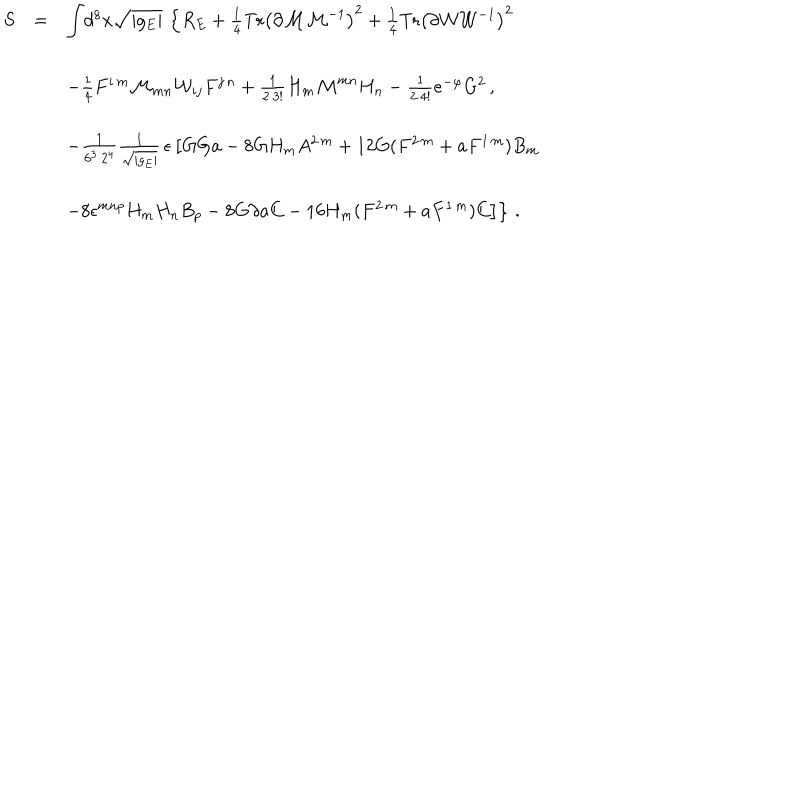
\begin{array} { r c l } { { S } } & { { = } } & { { { \displaystyle \int } d ^ { 8 } x \sqrt { | g _ { E } | } \, \left\{ R _ { E } + \frac { 1 } { 4 } \mathrm { T r } \left( \partial { \cal M } { \cal M } ^ { - 1 } \right) ^ { 2 } + \frac { 1 } { 4 } \mathrm { T r } \left( \partial { \cal W } { \cal W } ^ { - 1 } \right) ^ { 2 } \right. } } \\ { { } } & { { } } & { { } } \\ { { } } & { { } } & { { - \frac { 1 } { 4 } F ^ { i \, m } { \cal M } _ { m n } { \cal W } _ { i j } F ^ { j \, n } + \frac { 1 } { 2 \cdot 3 ! } H _ { m } { \cal M } ^ { m n } H _ { n } - \frac { 1 } { 2 \cdot 4 ! } e ^ { - \varphi } G ^ { 2 } \, , } } \\ { { } } & { { } } & { { } } \\ { { } } & { { } } & { { - \frac { 1 } { 6 ^ { 3 } \cdot 2 ^ { 4 } } { \textstyle \frac { 1 } { \sqrt { | g _ { E } | } } } \, \epsilon \left[ G G a - 8 G H _ { m } A ^ { 2 \, m } + 1 2 G ( F ^ { 2 \, m } + a F ^ { 1 \, m } ) B _ { m } \right. } } \\ { { } } & { { } } & { { } } \\ { { } } & { { } } & { { \left. \left. - 8 \epsilon ^ { m n p } H _ { m } H _ { n } B _ { p } - 8 G \partial a C - 1 6 H _ { m } ( F ^ { 2 \, m } + a F ^ { 1 \, m } ) C \right] \right\} \, . } } \\ \end{array}